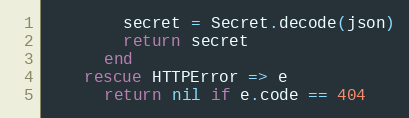
Language: Ruby
        secret = Secret.decode(json)
        return secret
      end
    rescue HTTPError => e
      return nil if e.code == 404